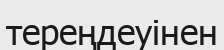
тереңдеуінен